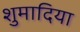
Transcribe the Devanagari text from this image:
शुमादिया